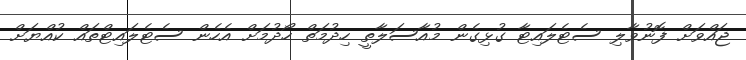
ޖައްވަށް ފޮނުވާލި ސެޓެލައިޓާ ގުޅިގެން މުއާސަލާތީ ހިދުމަތް ހޯދުމަށް އެހެން ސެޓެލައިޓްތައް ކުއްޔަށް